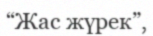
“Жас жүрек”,